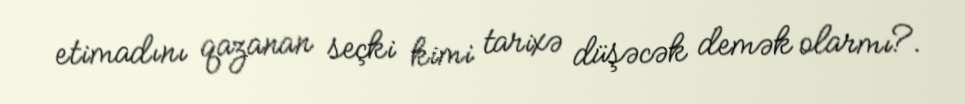
etimadını qazanan seçki kimi tarixə düşəcək demək olarmı?.